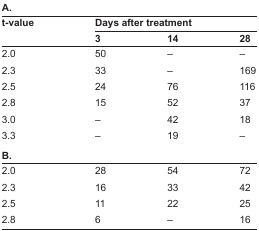
<table><thead><tr><td colspan="4"><b>A.</b></td></tr><tr><td><b>t-value</b></td><td colspan="3"><b>Days after treatment</b></td></tr><tr><td></td><td><b>3</b></td><td><b>14</b></td><td><b>28</b></td></tr></thead><tbody><tr><td>2.0</td><td>50</td><td>–</td><td>–</td></tr><tr><td>2.3</td><td>33</td><td>–</td><td>169</td></tr><tr><td>2.5</td><td>24</td><td>76</td><td>116</td></tr><tr><td>2.8</td><td>15</td><td>52</td><td>37</td></tr><tr><td>3.0</td><td>–</td><td>42</td><td>18</td></tr><tr><td>3.3</td><td>–</td><td>19</td><td>–</td></tr><tr><td colspan="4"><b>B.</b></td></tr><tr><td>2.0</td><td>28</td><td>54</td><td>72</td></tr><tr><td>2.3</td><td>16</td><td>33</td><td>42</td></tr><tr><td>2.5</td><td>11</td><td>22</td><td>25</td></tr><tr><td>2.8</td><td>6</td><td>–</td><td>16</td></tr></tbody></table>